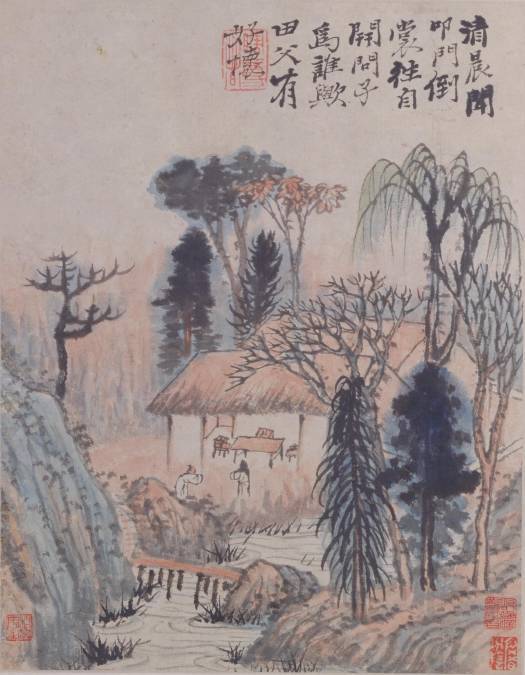
误落尘网中，一去三十年。